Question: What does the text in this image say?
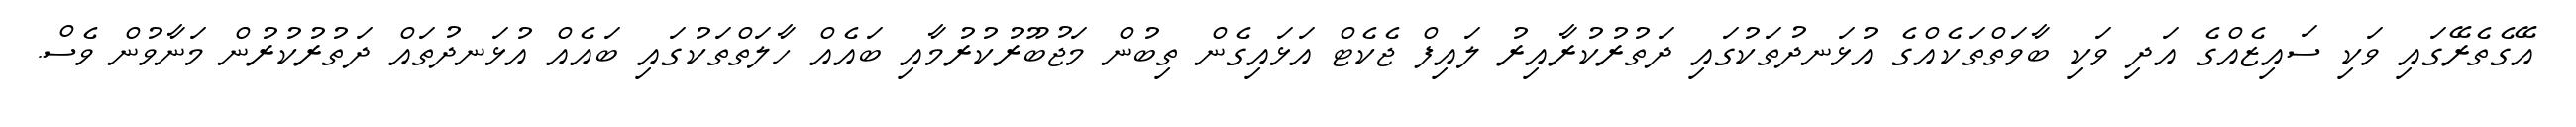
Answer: އޭގެތެރޭގައި ވަކި ސައިޒެއްގެ އަދި ވަކި ބާވަތްތަކެއްގެ އުޅަނދުތަކުގައި ދަތުރުކުރާއިރު ލައިފް ޖެކެޓް އަޅައިގެން ތިބުން މަޖުބޫރުކުރުމާއި ބައެއް ހާލަތްތަކުގައި ބައެއް އުޅަނދުތައް ދަތުރުކުރުން މަނާވުން ވެސް.